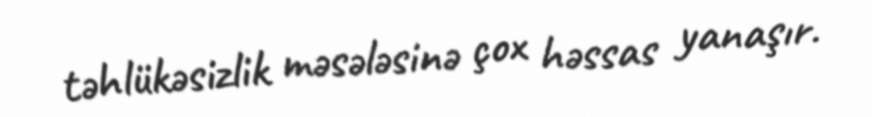
təhlükəsizlik məsələsinə çox həssas yanaşır.